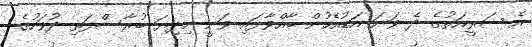
އެ ޝަރީއަތުގެ ދެ ވަނަ އަޑުއެހުން ބާއްވާފައި ވަނީ މިދިޔަ ބުރާސްފަތި ދުވަހުގެ